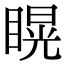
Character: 䁜